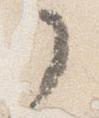
了